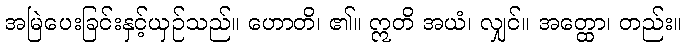
အမြဲပေးခြင်းနှင့်ယှဉ်သည်။ ဟောတိ၊ ၏။ ဣတိ အယံ၊ လျှင်။ အတ္ထော၊ တည်း။